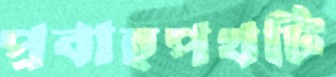
প্রবাহপথটি